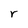
Character: r